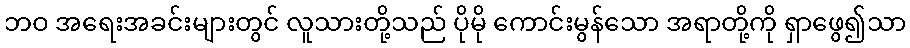
ဘဝ အရေးအခင်းများတွင် လူသားတို့သည် ပိုမို ကောင်းမွန်သော အရာတို့ကို ရှာဖွေ၍သာ